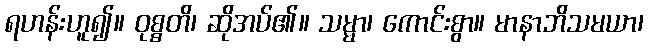
ရဟန်းဟူ၍။ ဝုစ္စတိ၊ ဆိုအပ်၏။ သမ္မာ၊ ကောင်းစွာ။ မာနာဘိသမယာ၊